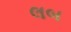
લબ